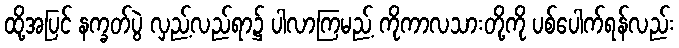
ထို့အပြင် နက္ခတ်ပွဲ လှည့်လည်ရာ၌ ပါလာကြမည့် ကိုကာလသားတို့ကို ပစ်ပေါက်ရန်လည်း